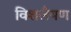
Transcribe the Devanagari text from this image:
विशलैषण